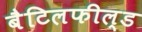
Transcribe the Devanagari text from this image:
बैटिलफील्ड